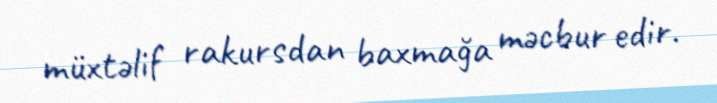
müxtəlif rakursdan baxmağa məcbur edir.